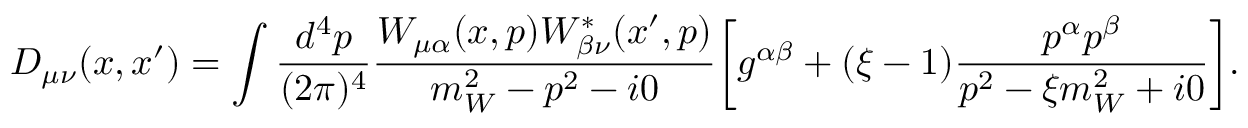
D _ { \mu \nu } ( x , x ^ { \prime } ) = \int \frac { d ^ { 4 } p } { ( 2 \pi ) ^ { 4 } } \frac { W _ { \mu \alpha } ( x , p ) W _ { \beta \nu } ^ { * } ( x ^ { \prime } , p ) } { m _ { W } ^ { 2 } - p ^ { 2 } - i 0 } \biggl [ g ^ { \alpha \beta } + ( \xi - 1 ) \frac { p ^ { \alpha } p ^ { \beta } } { p ^ { 2 } - \xi m _ { W } ^ { 2 } + i 0 } \biggr ] .